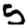
Digit: 5